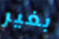
بغير